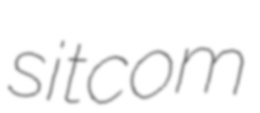
sitcom